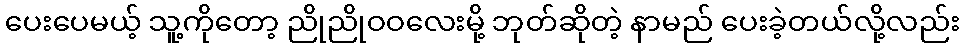
ပေးပေမယ့် သူ့ကိုတော့ ညိုညိုဝဝလေးမို့ ဘုတ်ဆိုတဲ့ နာမည် ပေးခဲ့တယ်လို့လည်း